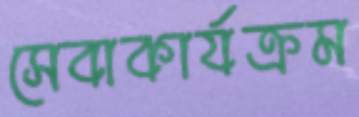
সেবাকার্যক্রম